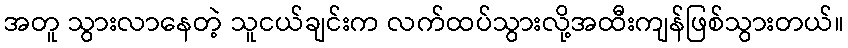
အတူ သွားလာနေတဲ့ သူငယ်ချင်းက လက်ထပ်သွားလို့အထီးကျန်ဖြစ်သွားတယ်။